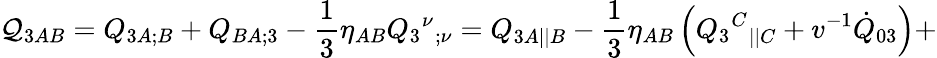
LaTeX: {\cal Q}_{3AB}=Q_{3A;B}+Q_{BA;3}-\frac 13\eta_{AB}Q_{3}{^\nu}{_{;\nu}}={Q}_{3A||B}-\frac{1}{3}\eta_{AB}\left(Q_{3}{^C}{_{||C}}+v^{-1}\dot{Q}_{03}\right)+